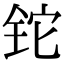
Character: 铊